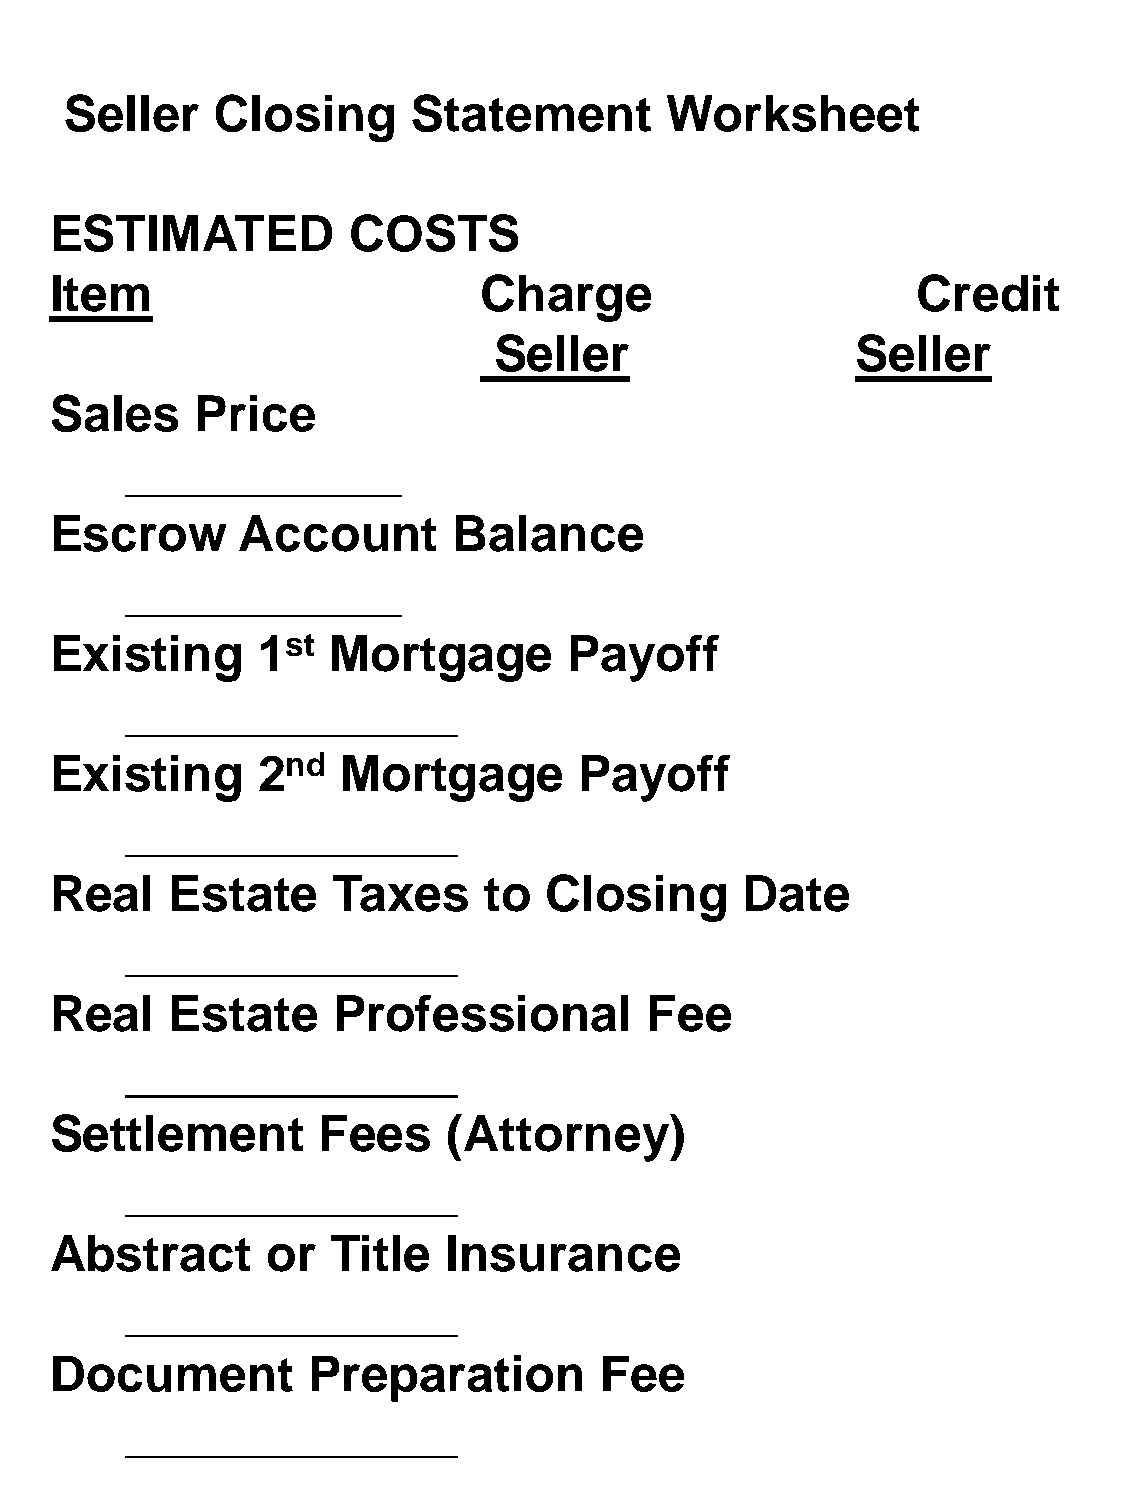
Seller    Closing      Statement        Worksheet
 ESTIMATED           COSTS
 Item                         Charge                       Credit
 Seller                  Seller
 Sales     Price
 __________
 Escrow       Account       Balance
 __________
 Existing      1st  Mortgage        Payoff
 ____________
 Existing      2nd   Mortgage       Payoff
 ____________
 Real    Estate     Taxes     to  Closing      Date
 ____________
 Real    Estate     Professional         Fee
 ____________
 Settlement        Fees     (Attorney)
 ____________
 Abstract       or  Title   Insurance
 ____________
 Document         Preparation         Fee
 ____________